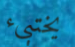
يختبيء